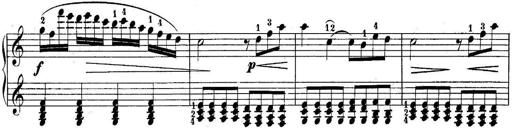
Title: 10 Sonatines progressives
Composer: Anton Schmoll